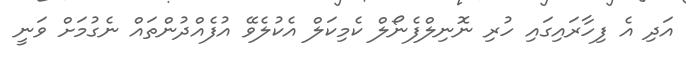
އަދި އެ ފިހާރައިގައި ހުރި ނޮނިލްފެނޯލް ކެމިކަލް އެކުލެވޭ އުފެއްދުންތައް ނެގުމަށް ވަނީ